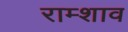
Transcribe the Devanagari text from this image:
राम्शाव